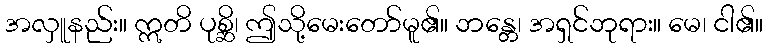
အလှူနည်း။ ဣတိ ပုစ္ဆိ၊ ဤသို့မေးတော်မူ၏။ ဘန္တေ၊ အရှင်ဘုရား။ မေ၊ ငါ၏။